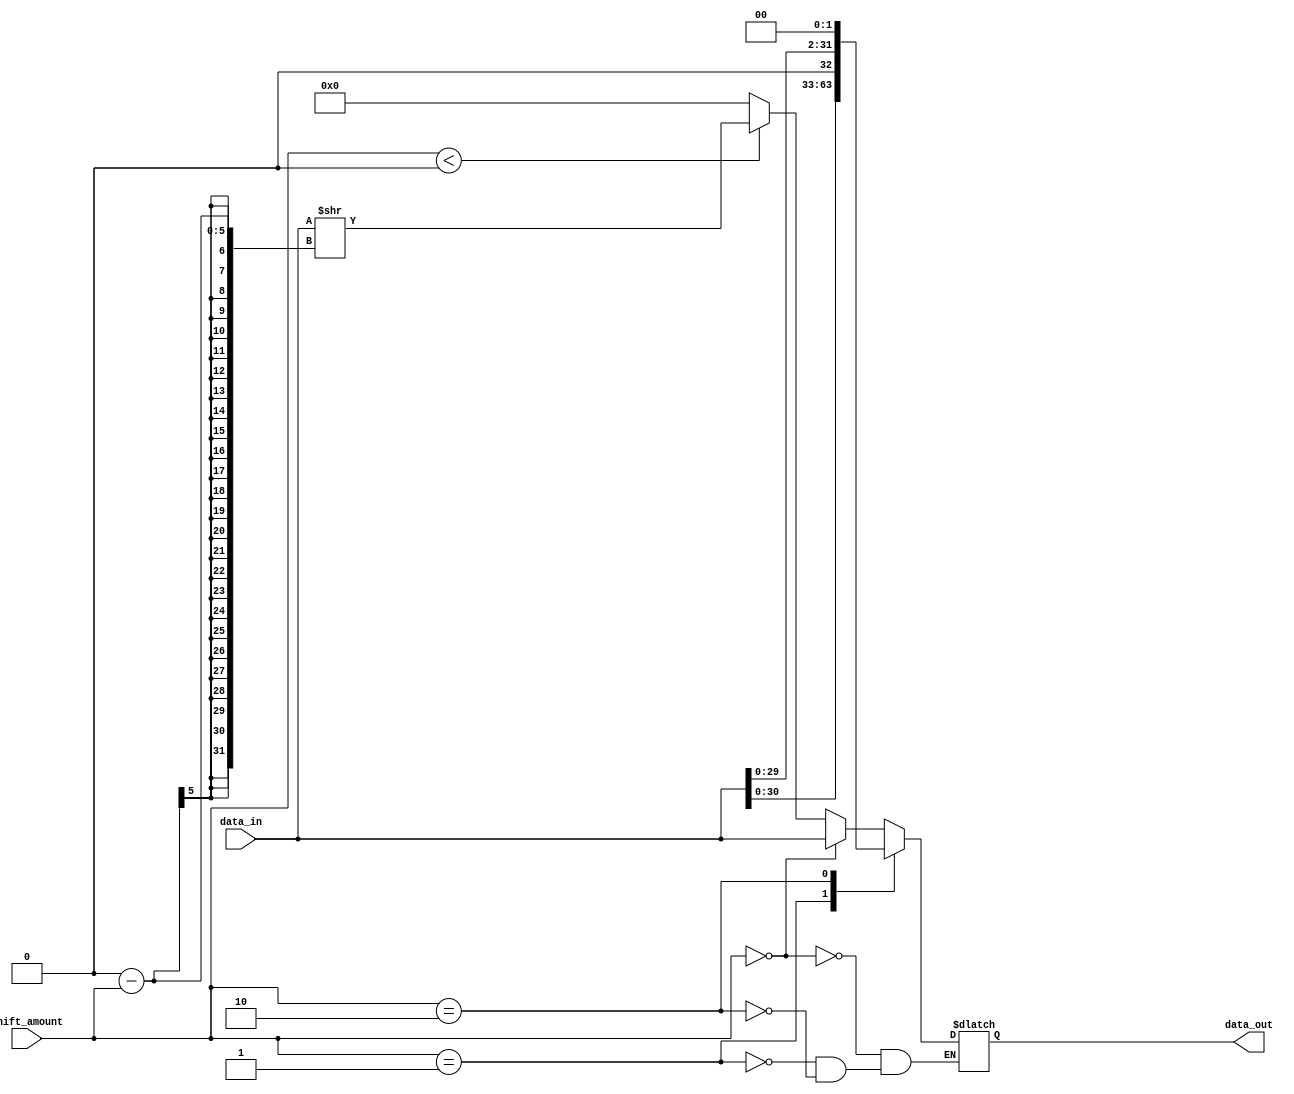
module sparse_barrel_shifter (
    input wire [31:0] data_in,
    input wire [4:0] shift_amount,
    output reg [31:0] data_out
);

reg [31:0] alu_outputs [31:0];

// ALUs
genvar i;
generate
    for (i = 0; i < 32; i = i + 1) begin : alu_gen
        assign alu_outputs[i] = (shift_amount == i) ? data_in << i : (shift_amount < i) ? data_in >> (i - shift_amount) : 32'd0;
    end
endgenerate

// Control logic
always @* begin
    case (shift_amount)
        0: data_out = alu_outputs[0];
        1: data_out = alu_outputs[1];
        2: data_out = alu_outputs[2];
        // Add more cases for different shift amounts as needed
    endcase
end

endmodule